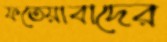
ফতেয়াবাদের